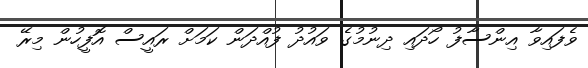
ވެފައިވާ އިންސާފު ހޯދައި ދިނުމުގެ ވައުދު ފުއްދަން ކަމަށް ރައީސް އޮފީހުން މިރޭ